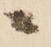
ニ